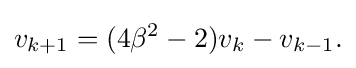
v_{k+1}=(4\beta ^{2}-2)v_{k}-v_{k-1}.\,\!